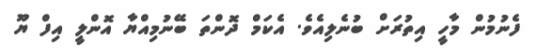
ފެނުމުން މާހީ އިތުރަށް ބުނެލިއެވެ. އެކަމް ދޮންތަ ބޭނުމިއްޔާ އޮންލީ އިފް ޔޫ